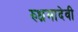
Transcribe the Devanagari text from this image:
रुध्रमादेवी